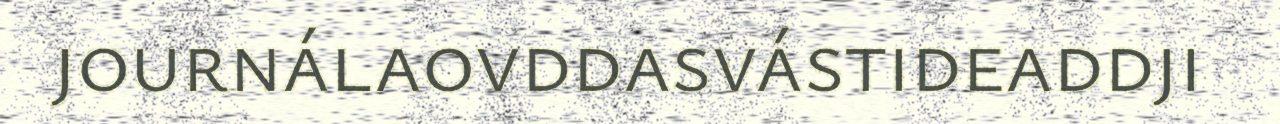
journálaovddasvástideaddji